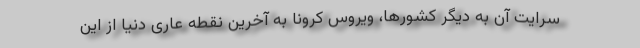
سرایت آن به دیگر کشورها، ویروس کرونا به آخرین نقطه عاری دنیا از این